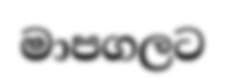
මාපගලට